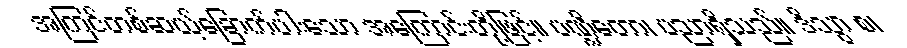
အကြင်တစ်ဆယ့်ခြောက်ပါးသော အကြောင်းတို့ဖြင့်။ ပဏ္ဍိတော၊ ပညာရှိသည်။ ဒိသွာ စ၊